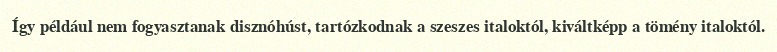
Így például nem fogyasztanak disznóhúst, tartózkodnak a szeszes italoktól, kiváltképp a tömény italoktól.